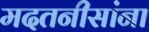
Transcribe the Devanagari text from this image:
मदतनीसांना